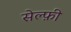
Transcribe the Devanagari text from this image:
सेल्फ़ी